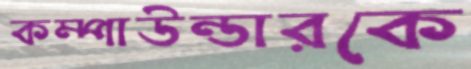
কম্পাউন্ডারকে